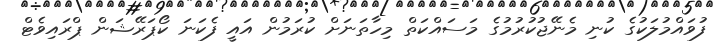
ފުވައްމުލަކުގެ ކުނި މެނޭޖުކުރުމުގެ މަސައްކަތް މިހާތަނަށް ކުރަމުން އައީ ފެކަނަ ކޯޕަރޭޝަން ޕްރައިވެޓް